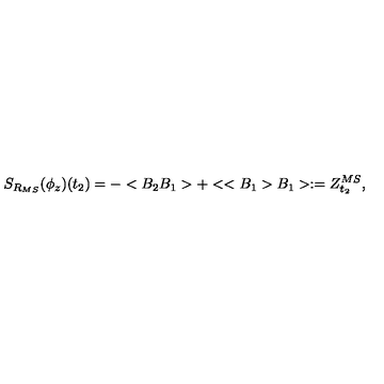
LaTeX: S _ { R _ { M S } } ( \phi _ { z } ) ( t _ { 2 } ) = - < B _ { 2 } B _ { 1 } > + < < B _ { 1 } > B _ { 1 } > : = Z _ { t _ { 2 } } ^ { M S } ,